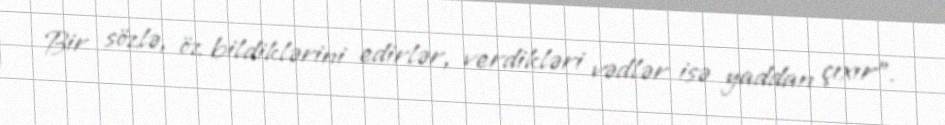
Bir sözlə, öz bildiklərini edirlər, verdikləri vədlər isə yaddan çıxır”.